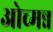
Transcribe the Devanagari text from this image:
ओच्मन्न